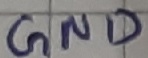
Text: GND